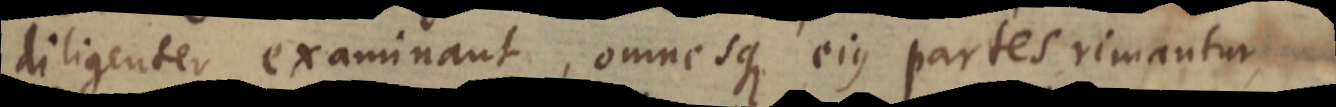
diligenter examinant, omnesque ejus partes rimantur,